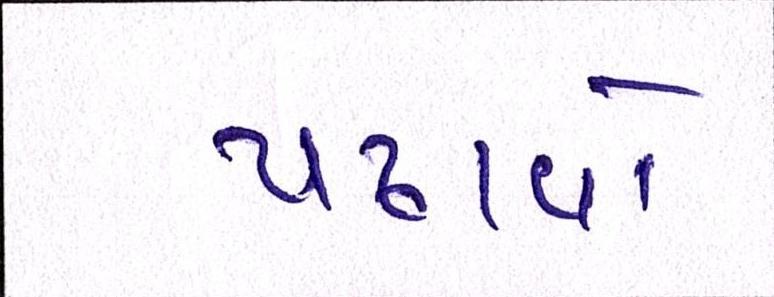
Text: પઢાવો